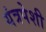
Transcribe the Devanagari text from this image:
यंत्रपेशी